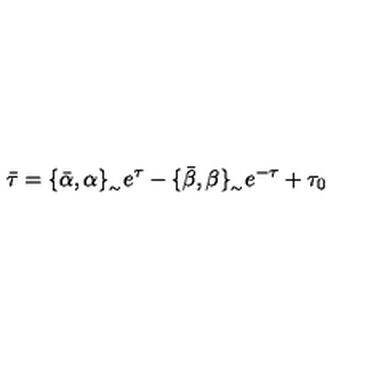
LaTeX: \bar { \tau } = \{ \bar { \alpha } , \alpha \} _ { _ { \sim } } e ^ { \tau } - \{ \bar { \beta } , \beta \} _ { _ { \sim } } e ^ { - \tau } + \tau _ { 0 }